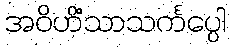
အဝိဟိံသာသင်္ကပ္ပေါ